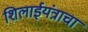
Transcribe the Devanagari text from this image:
शिलाईयंत्राचा